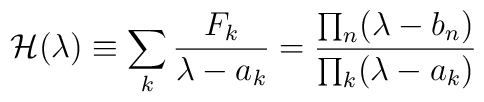
{\cal H}(\lambda)\equiv \sum_k {F_k \over \lambda -a_k} = {\prod_n(\lambda - b_n)\over \prod_k(\lambda - a_k)}